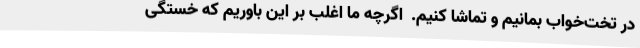
در تخت‌خواب بمانیم و تماشا کنیم.  اگرچه ما اغلب بر این باوریم که خستگی